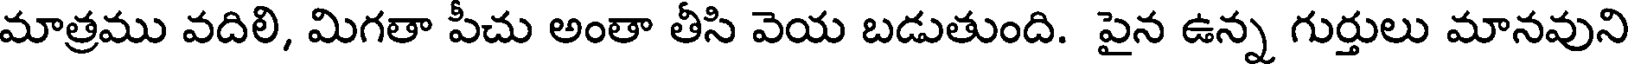
మాత్రము వదిలి, మిగతా పీచు అంతా తీసి వెయ బడుతుంది. పైన ఉన్న గుర్తులు మానవుని